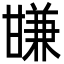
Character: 㽐